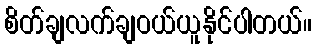
စိတ်ချလက်ချဝယ်ယူနိုင်ပါတယ်။